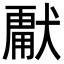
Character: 𭸣